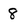
Character: 8